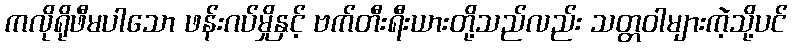
ကလိုရိုဖီမပါသော ဖန်းဂပ်မှိုနှင့် ဗက်တီးရီးယားတို့သည်လည်း သတ္တဝါများကဲ့သို့ပင်